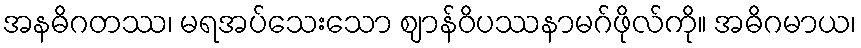
အနဓိဂတဿ၊ မရအပ်သေးသော ဈာန်ဝိပဿနာမဂ်ဖိုလ်ကို။ အဓိဂမာယ၊